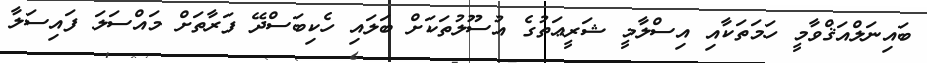
ބައިނަލްއަޤްވާމީ ހަމަތަކާއި އިސްލާމީ ޝަރީޢަތުގެ އުސޫލުތަކަށް ބަލައި ހެކިބަސްދޭ ފަރާތަށް މައްސަލަ ފައިސަލާ